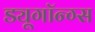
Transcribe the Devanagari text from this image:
ड्यूगॉन्ग्स